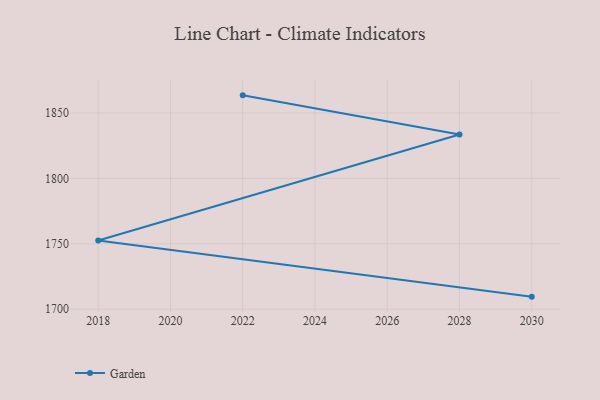
{"axis": {"x": "Year", "y": "Latency (ms)"}, "legend": ["Garden"], "data": [{"x": "2030", "y": 1709.6, "type": "Garden"}, {"x": "2018", "y": 1752.5, "type": "Garden"}, {"x": "2028", "y": 1833.6, "type": "Garden"}, {"x": "2022", "y": 1863.5, "type": "Garden"}]}